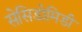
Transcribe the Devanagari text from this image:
सेसिडोमिडी